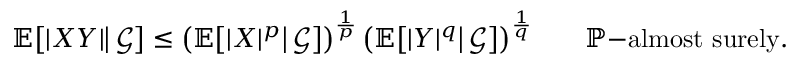
\mathbb { E } { \bigl [ } | X Y | { \big | } \, { \mathcal { G } } { \bigr ] } \leq { \bigl ( } \mathbb { E } { \bigl [ } | X | ^ { p } { \big | } \, { \mathcal { G } } { \bigr ] } { \bigr ) } ^ { \frac { 1 } { p } } \, { \bigl ( } \mathbb { E } { \bigl [ } | Y | ^ { q } { \big | } \, { \mathcal { G } } { \bigr ] } { \bigr ) } ^ { \frac { 1 } { q } } \qquad \mathbb { P } { \mathrm { - a l m o s t ~ s u r e l y . } }